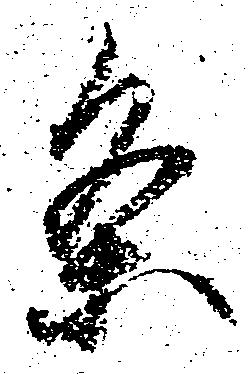
条